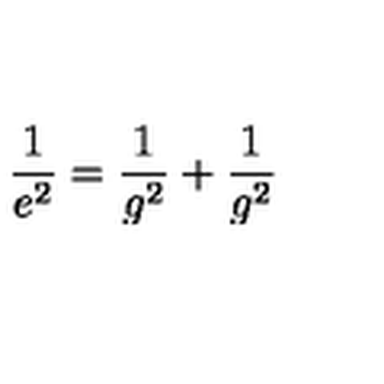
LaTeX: \frac { 1 } { e ^ { 2 } } = \frac { 1 } { g ^ { 2 } } + \frac { 1 } { g ^ { 2 } }